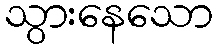
သွားနေသော